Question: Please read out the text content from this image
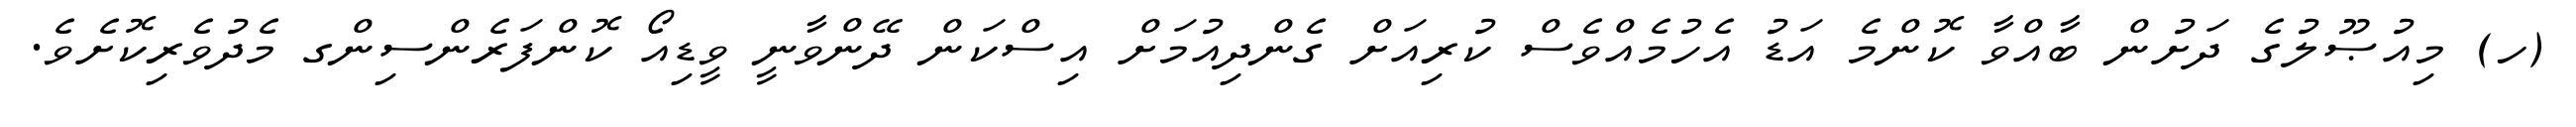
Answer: (ހ) މިއުޞޫލުގެ ދަށުން ބާއްވާ ކޮންމެ އަޑު އެހުމެއްވެސް ކުރިއަށް ގެންދިއުމަށް އިސްކަން ދޭންވާނީ ވީޑިއޯ ކޮންފަރެންސިންގ މެދުވެރިކޮށެވެ.